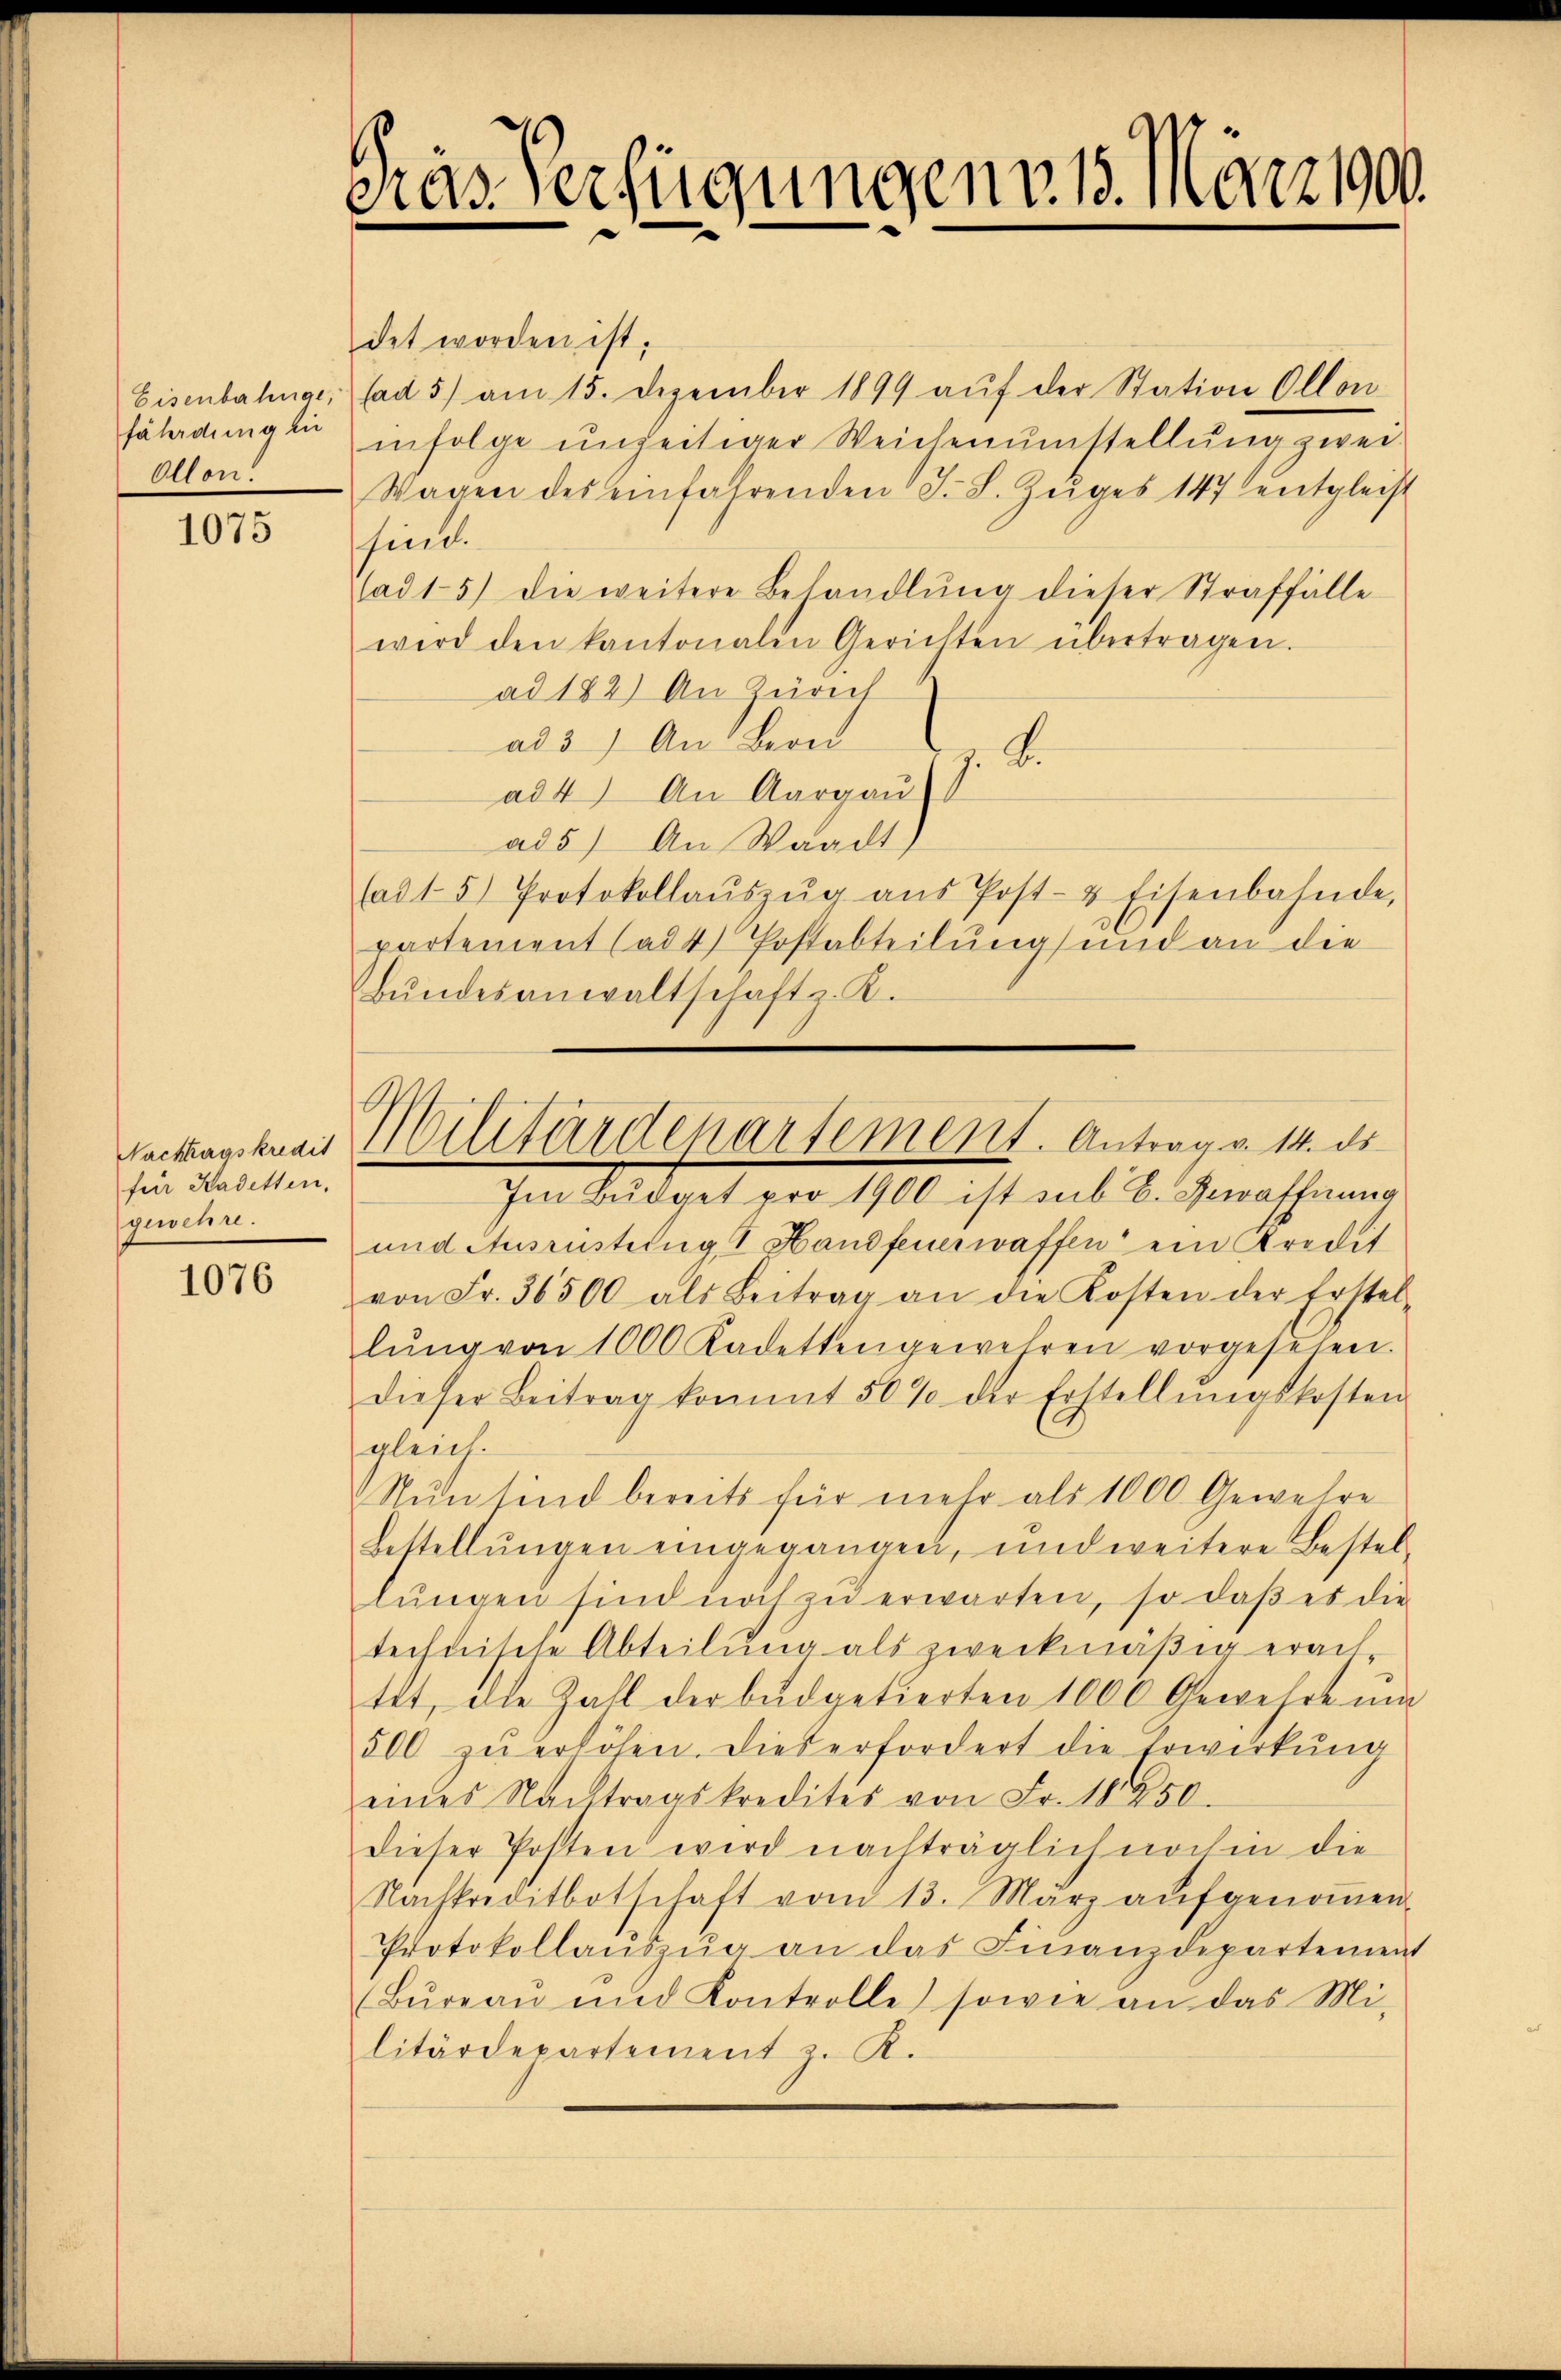
Eisenbahnge,
fährdung in
Ollon

1075

für Kadetten,
gewehre.

1076

Gras Verfügungen. 15. März 1900.

det worden ist.
(ad 5) am 15. Dezember 1899 auf der Station Ollon
infolge unzeitiger Weichenumstellung zwei
Wagen des einfahrenden J. L. Zuges 147 entgleist
sind.
(ad 15) die weitere Behandlŭng dieser Straffälle
wird den kantonalen Gerichten übertragen.
ad 182) An Zürich
ad 3) An Bern
z. B.
ad 4) An Aargau
ad5) An Waadt)
fad 1. 5) Protokollaŭszŭg aŭs Post- & Eisenbahnde,
partement (ad 4) Postabteilŭng und an die
Bŭndesanwaltschaft z. R.
Im Budget pro 1900 ist sub B. Bewaffnung
und Ausrüstung I Handfeuerwaffen ein Kredit
von Fr. 36500 als Beitrag an die Kosten der Erstel-
lŭng von 1000 Kadettengewehren vorgesehen.
dieser Beitrag kommt 50% der Erstellŭngskosten
gleich
Nun sind bereits für mehr als 1000 Gewehre
Bestellŭngen eingegangen, und weitere Bestel-
lŭngen sind noch zŭ erwarten, so daβ es die
technische Abteilŭng als zweckmäβig erach
tet, die Zahl der bŭdgetierten 1000 Gewehre ŭm
500 zŭ erhöhen. Dies erfordert die Erwirkŭng
eines Nachtragskredites von Fr. 18250.
dieser Posten wird nachträglich noch in die
Nachkreditbotschaft vom 13. März aŭfgenoṁen.
Protokollaŭszŭg an das Finanzdepartemen
(Bŭreaŭ und Kontrolle sowie an das Mi-
litärdepartement z. R.

hacktagskamit Militärdepartement. Antrag v. 14. ds.